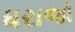
ધરાજો